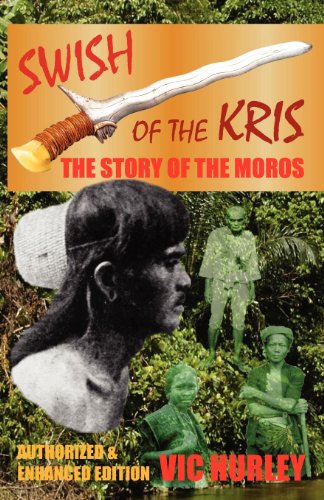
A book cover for Swish of the Kris, the Story of the Moros, Authorized and Enhanced Edition; Vic Hurley; History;